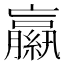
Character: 𦆁